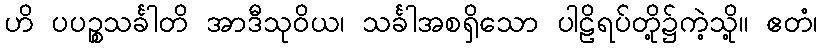
ဟိ ပပဉ္စသင်္ခါတိ အာဒီသုဝိယ၊ သင်္ခါအစရှိသော ပါဠိရပ်တို့၌ကဲ့သို့။ ဧတံ၊